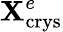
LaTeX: \mathbf{X}_{\mathrm{{crys}}}^{e}